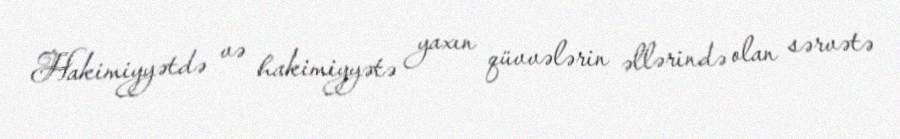
Hakimiyyətdə və hakimiyyətə yaxın qüvvələrin əllərində olan sərvətə